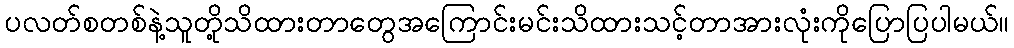
ပလတ်စတစ်နဲ့သူတို့သိထားတာတွေအကြောင်းမင်းသိထားသင့်တာအားလုံးကိုပြောပြပါမယ်။